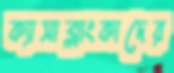
ক্যাসাব্লাংকাদের